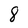
Character: 8